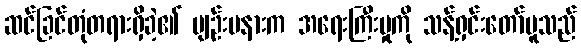
ဆင်ခြင်တုံတရားရှိခဲ့၏ ပျဉ်းမနားက အရေးကြီးမှုကို သန့်ရှင်းတော်မူသည်